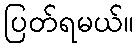
ပြတ်ရမယ်။